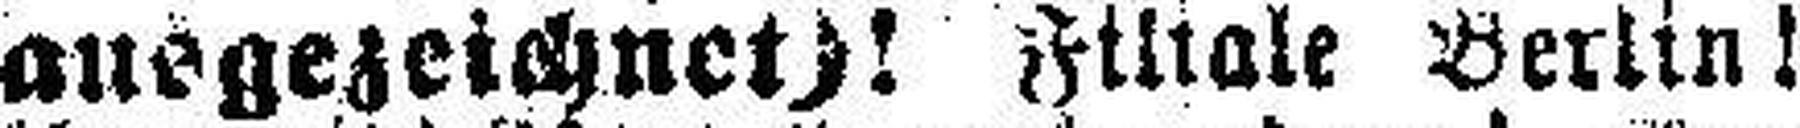
ausgezeichnet)! Filiale Berlin!